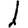
Digit: 1